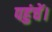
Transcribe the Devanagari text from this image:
पहुंचें।